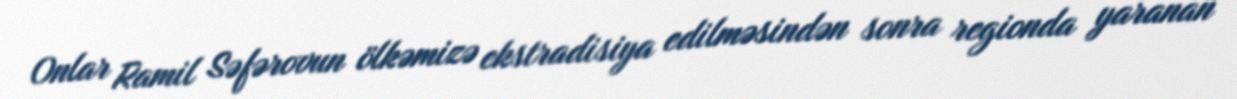
Onlar Ramil Səfərovun ölkəmizə ekstradisiya edilməsindən sonra regionda yaranan